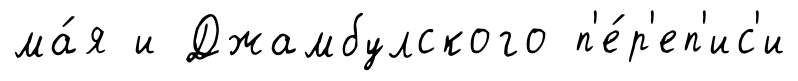
ма́я и Джамбулского п'е́р'еп'ис'и